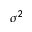
\sigma ^ { 2 }